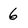
Character: 6